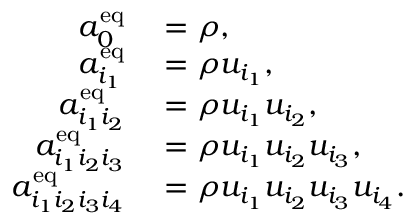
\begin{array} { r l } { a _ { 0 } ^ { \mathrm { e q } } } & { { } = \rho , } \\ { a _ { i _ { 1 } } ^ { \mathrm { e q } } } & { { } = \rho u _ { i _ { 1 } } , } \\ { a _ { i _ { 1 } i _ { 2 } } ^ { \mathrm { e q } } } & { { } = \rho u _ { i _ { 1 } } u _ { i _ { 2 } } , } \\ { a _ { i _ { 1 } i _ { 2 } i _ { 3 } } ^ { \mathrm { e q } } } & { { } = \rho u _ { i _ { 1 } } u _ { i _ { 2 } } u _ { i _ { 3 } } , } \\ { a _ { i _ { 1 } i _ { 2 } i _ { 3 } i _ { 4 } } ^ { \mathrm { e q } } } & { { } = \rho u _ { i _ { 1 } } u _ { i _ { 2 } } u _ { i _ { 3 } } u _ { i _ { 4 } } . } \end{array}